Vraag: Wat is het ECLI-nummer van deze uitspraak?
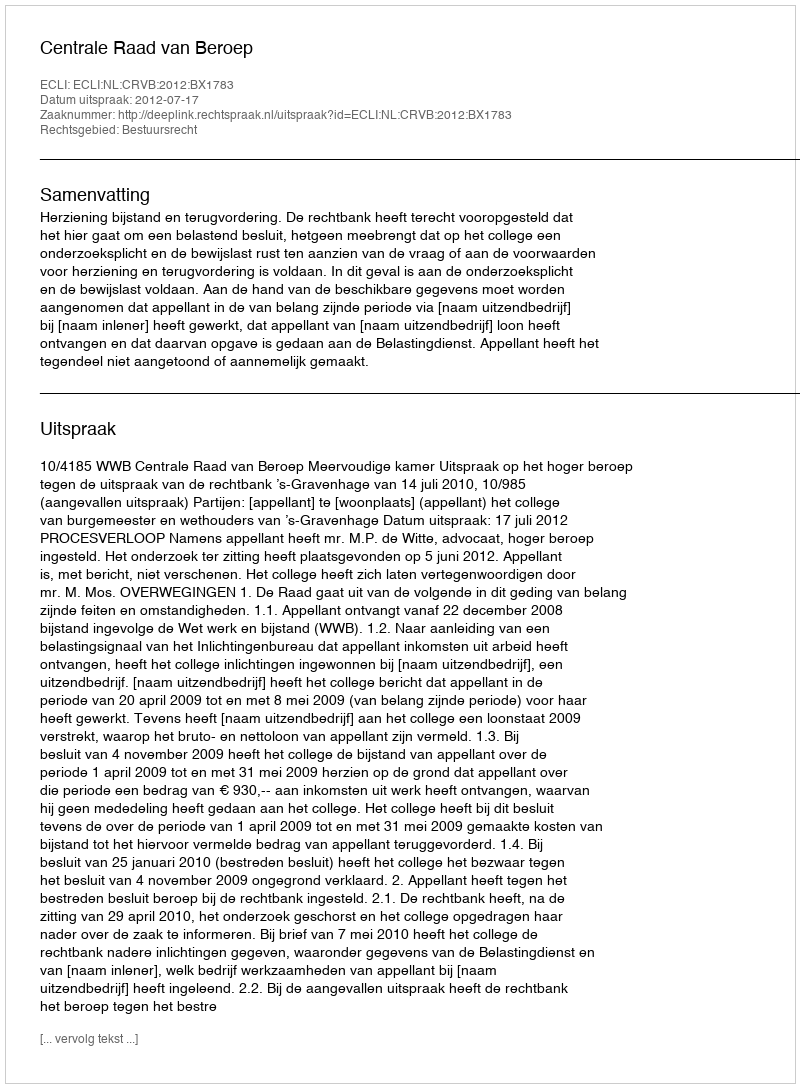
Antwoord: ECLI:NL:CRVB:2012:BX1783